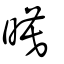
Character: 暯